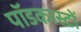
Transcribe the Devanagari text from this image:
पॉडकास्टों